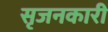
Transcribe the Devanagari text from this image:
सृजनकारी